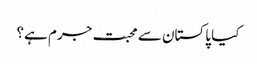
کیا پاکستان سے محبت جرم ہے؟